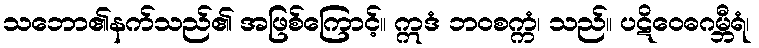
သဘော၏နက်သည်၏ အဖြစ်ကြောင့်။ ဣဒံ ဘဝစက္ကံ၊ သည်။ ပဋိဝေဓဂမ္ဘီရံ၊